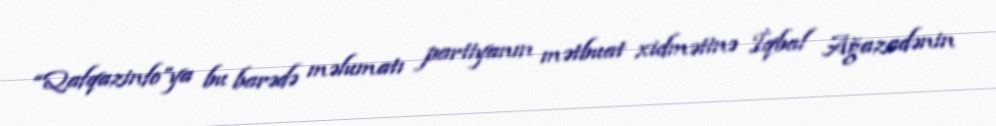
“Qafqazinfo”ya bu barədə məlumatı partiyanın mətbuat xidmətinə İqbal Ağazadənin